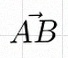
\vec{AB}